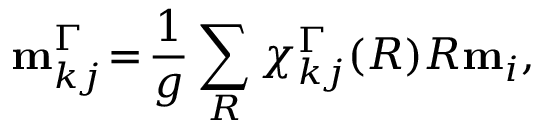
{ \bf m } _ { k j } ^ { \Gamma } \! = \! \frac { 1 } { g } \sum _ { R } \chi _ { k j } ^ { \Gamma } ( R ) R { \bf m } _ { i } ,